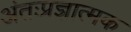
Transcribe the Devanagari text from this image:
अंतःप्रज्ञात्मक